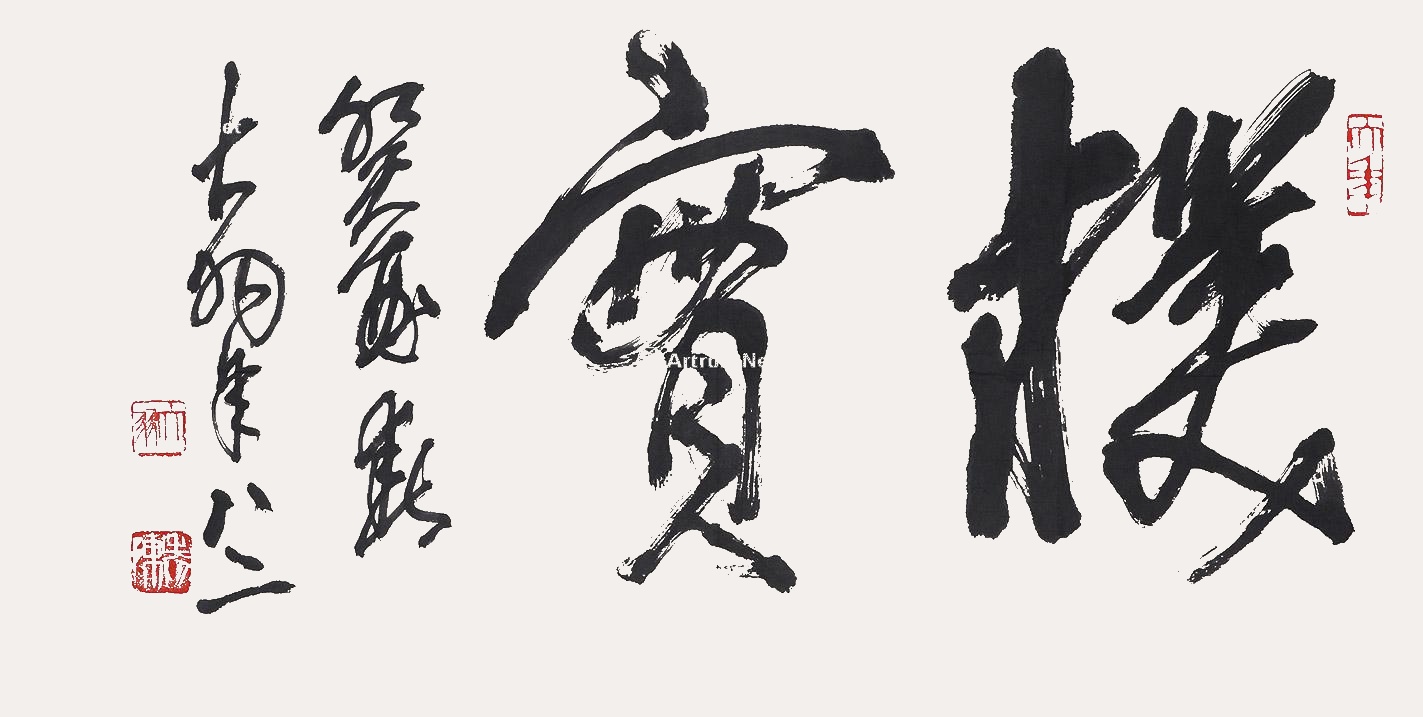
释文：朴实癸未春，大羽年八二。